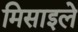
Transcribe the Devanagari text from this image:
मिसाइले